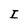
Character: I